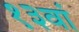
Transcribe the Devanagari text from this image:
१३वां